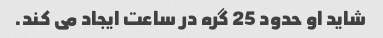
شاید او حدود 25 گره در ساعت ایجاد می کند.